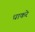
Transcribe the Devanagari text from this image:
धाकरे